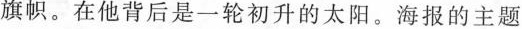
旗帜。在他背后是一轮初升的太阳。海报的主题